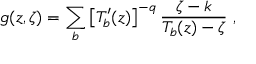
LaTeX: g ( z , \zeta ) = \sum _ { b } \left[ T _ { b } ^ { \prime } ( z ) \right] ^ { - q } \frac { \zeta - k } { T _ { b } ( z ) - \zeta } \ ,